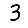
Digit: 3